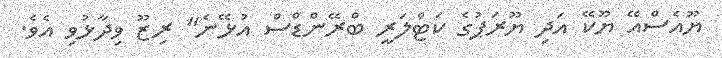
ޔޫއެސްއޭ ޔޫކޭ އަދި ޔޫރަޕުގެ ކަޓްލަރީ ބްރޭންޑްސް އުޅޭނެ" ރިޒޫ ވިދާޅުވި އެވެ.